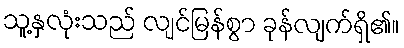
သူ့နှလုံးသည် လျင်မြန်စွာ ခုန်လျက်ရှိ၏။